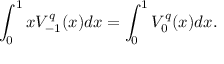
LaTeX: \int _ { 0 } ^ { 1 } x V _ { - 1 } ^ { q } ( x ) d x = \int _ { 0 } ^ { 1 } V _ { 0 } ^ { q } ( x ) d x .